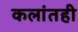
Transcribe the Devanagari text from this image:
कलांतही